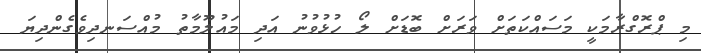
މި ޕްރޮގްރާމަކީ މަސައްކަތަށް ވަރަށް ބޮޑަށް ލޯ ހުޅުވުނު އަދި މައުލޫމާތު މުއްސަނދިވެގެންދިޔަ